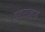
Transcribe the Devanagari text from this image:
बदलजाना